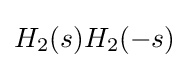
H_{2}(s)H_{2}(-s)